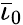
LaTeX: \bar{\iota}_{0}